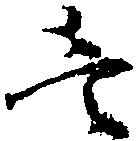
壱